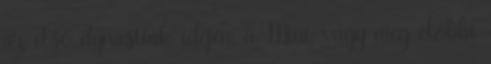
az első dynastiák idején, a Mini, vagy még előbbi